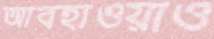
আবহাওয়াও